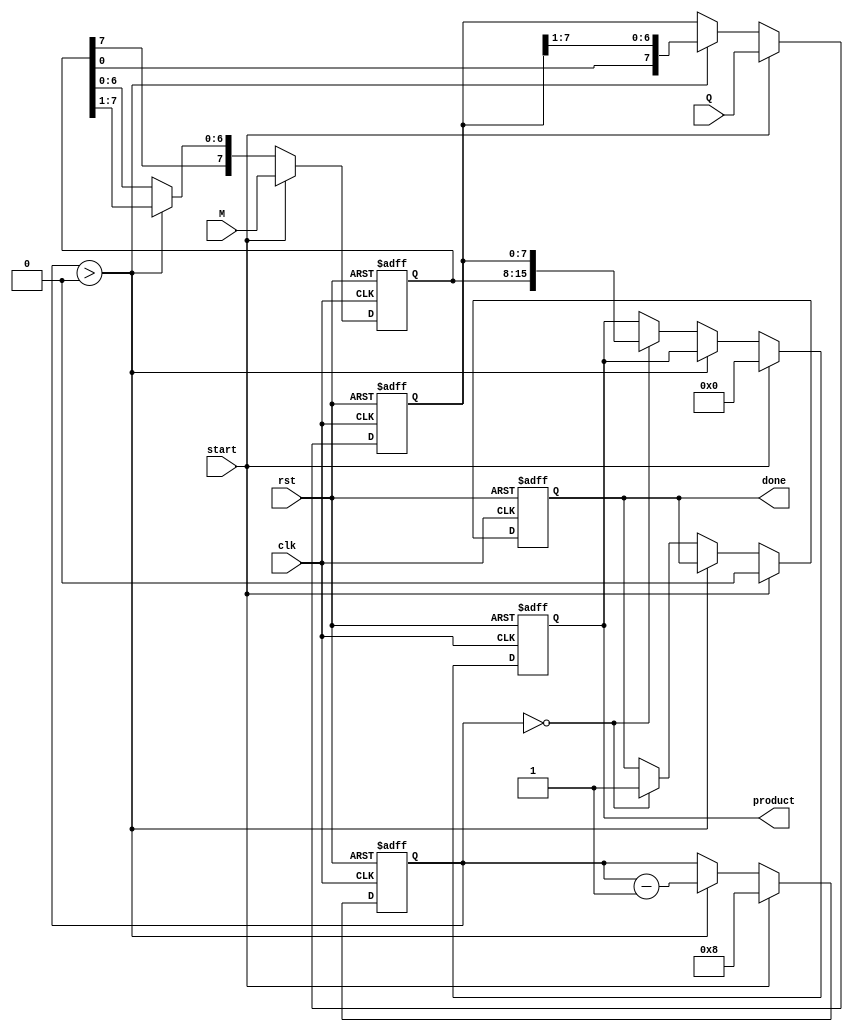
module BoothMultiplier (
    input wire clk,
    input wire rst,
    input wire start,
    input wire signed [7:0] M, // Multiplicand
    input wire signed [7:0] Q, // Multiplier
    output reg signed [15:0] product, // Product output
    output reg done // Operation completion signal
);

    // Registers
    reg signed [7:0] A; // Accumulator
    reg signed [7:0] Q_reg; // Multiplier register
    reg Q_1; // Previous LSB of Q
    reg [3:0] count; // Count register

    // Initial values
    always @(posedge clk or posedge rst) begin
        if (rst) begin
            A <= 8'b0;
            Q_reg <= 8'b0;
            Q_1 <= 1'b0;
            count <= 4'b0;
            product <= 16'b0;
            done <= 1'b0;
        end
        else if (start) begin
            // Load the values into registers and initialize variables
            A <= M;
            Q_reg <= Q;
            Q_1 <= 1'b0; // Initial value of Q-1
            count <= 4'b1000; // 8 bits
            product <= 16'b0;
            done <= 1'b0;
        end
        else if (count > 0) begin
            // Booth's Algorithm operations based on the state of Q_reg and Q_1
            case ({Q_reg[0], Q_1}) 
                2'b00: begin
                    // No operation
                end
                2'b01: begin
                    // A = A + M
                    A <= A + M;
                end
                2'b10: begin
                    // A = A - M
                    A <= A - M;
                end
                2'b11: begin
                    // No operation
                end
            endcase
            
            // Shift operation: arithmetic right shift
            {A, Q_reg} <= {{A[7]}, A, Q_reg} >> 1; // Keep sign of A
            Q_1 <= Q_reg[0]; // Update Q-1
            
            // Decrement the count
            count <= count - 1;
        end
        else if (count == 0) begin
            // Store the final product
            product <= {A, Q_reg}; 
            done <= 1'b1; // Indicate operation is done
        end
    end
endmodule